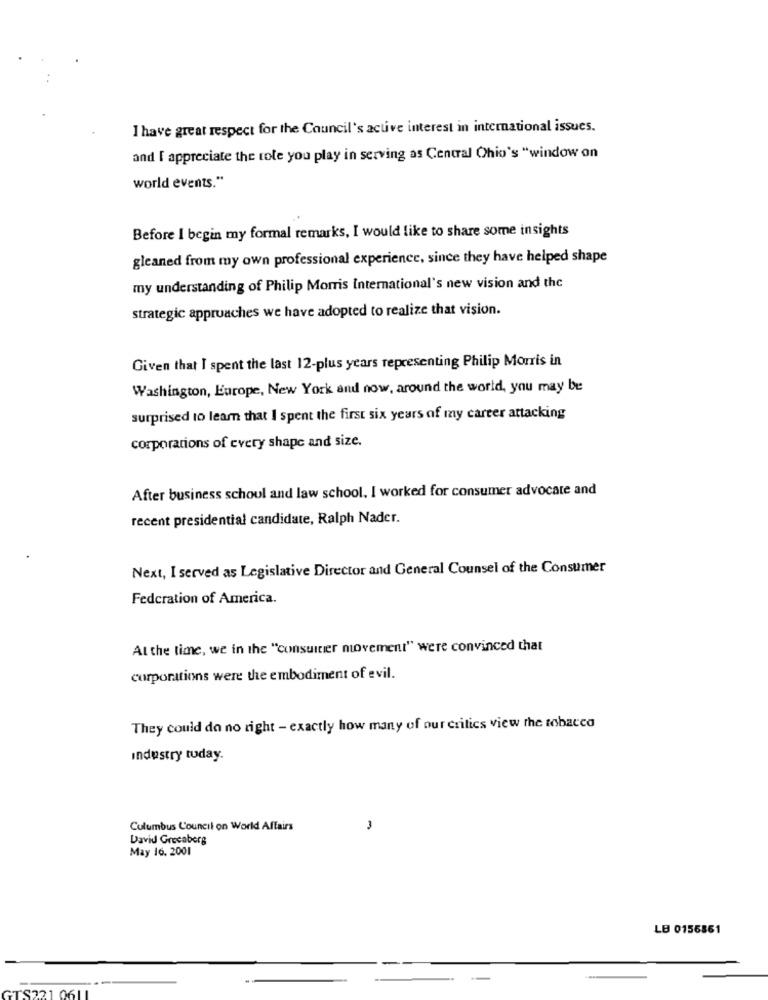
I have great respect for the Council's active interest in international issues.
and [ appreciate the role you play in serving as Central Ohio's "window on
world events."
Before I begin my formal remarks, I would like to share some insights
gleaned from my own professional experience, since they have helped shape
my understanding of Philip Morris International's new vision and the
strategic approaches we have adopted to realize that vision.
Given that I spent the last 12-plus years representing Philip Morris in
Washington, Europe, New York and now, around the world, you may be
surprised to learn that I spent the first six years of my career attacking
corporations of every shape and size.
After business school and law school, I worked for consumer advocate and
recent presidential candidate, Ralph Nader.
Next, I served as Legislative Director and General Counsel of the Consumer
Federation of America.
At the time, we in the "consulter movement" were convinced that
corporations were the embodiment of evil.
They could do no right - exactly how many of our critics view the tobacco
industry today.
Columbus Council on World Affairs
David Grecaberg
May 16. 2001
LB 0156861